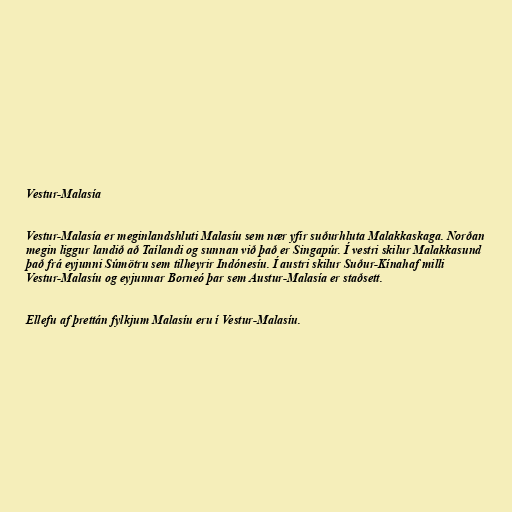
Vestur-Malasía

Vestur-Malasía er meginlandshluti Malasíu sem nær yfir suðurhluta Malakkaskaga. Norðan
megin liggur landið að Taílandi og sunnan við það er Singapúr. Í vestri skilur Malakkasund
það frá eyjunni Súmötru sem tilheyrir Indónesíu. Í austri skilur Suður-Kínahaf milli
Vestur-Malasíu og eyjunnar Borneó þar sem Austur-Malasía er staðsett.

Ellefu af þrettán fylkjum Malasíu eru í Vestur-Malasíu.